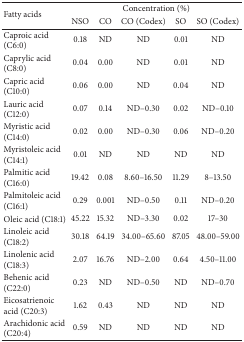
| <ROWSPAN=2> Fatty acids | <COLSPAN=5> Concentration (%) |
 | NSO | CO | CO (Codex) | SO | SO (Codex) |
 | --- | --- | --- | --- | --- | --- |
 | Caproic acid (C6:0) | 0.18 | ND | ND | 0.01 | ND |
 | Caprylic acid (C8:0) | 0.04 | 0.00 | ND | 0.01 | ND |
 | Capric acid (C10:0) | 0.06 | 0.00 | ND | 0.04 | ND |
 | Lauric acid (C12:0) | 0.07 | 0.14 | ND–0.30 | 0.02 | ND–0.10 |
 | Myristic acid (C14:0) | 0.02 | 0.00 | ND–0.30 | 0.06 | ND–0.20 |
 | Myristoleic acid (C14:1) | 0.01 | ND | ND | ND | ND |
 | Palmitic acid (C16:0) | 19.42 | 0.08 | 8.60–16.50 | 11.29 | 8–13.50 |
 | Palmitoleic acid (C16:1) | 0.29 | 0.001 | ND–0.50 | 0.11 | ND–0.20 |
 | Oleic acid (C18:1) | 45.22 | 15.32 | ND–3.30 | 0.02 | 17–30 |
 | Linoleic acid (C18:2) | 30.18 | 64.19 | 34.00–65.60 | 87.05 | 48.00–59.00 |
 | Linolenic acid (C18:3) | 2.07 | 16.76 | ND–2.00 | 0.64 | 4.50–11.00 |
 | Behenic acid (C22:0) | 0.23 | ND | ND–0.50 | ND | ND–0.70 |
 | Eicosatrienoic acid (C20:3) | 1.62 | 0.43 | ND | ND | ND |
 | Arachidonic acid (C20:4) | 0.59 | ND | ND | ND | ND |